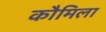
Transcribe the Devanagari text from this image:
कौमिला